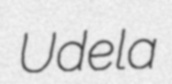
Udela